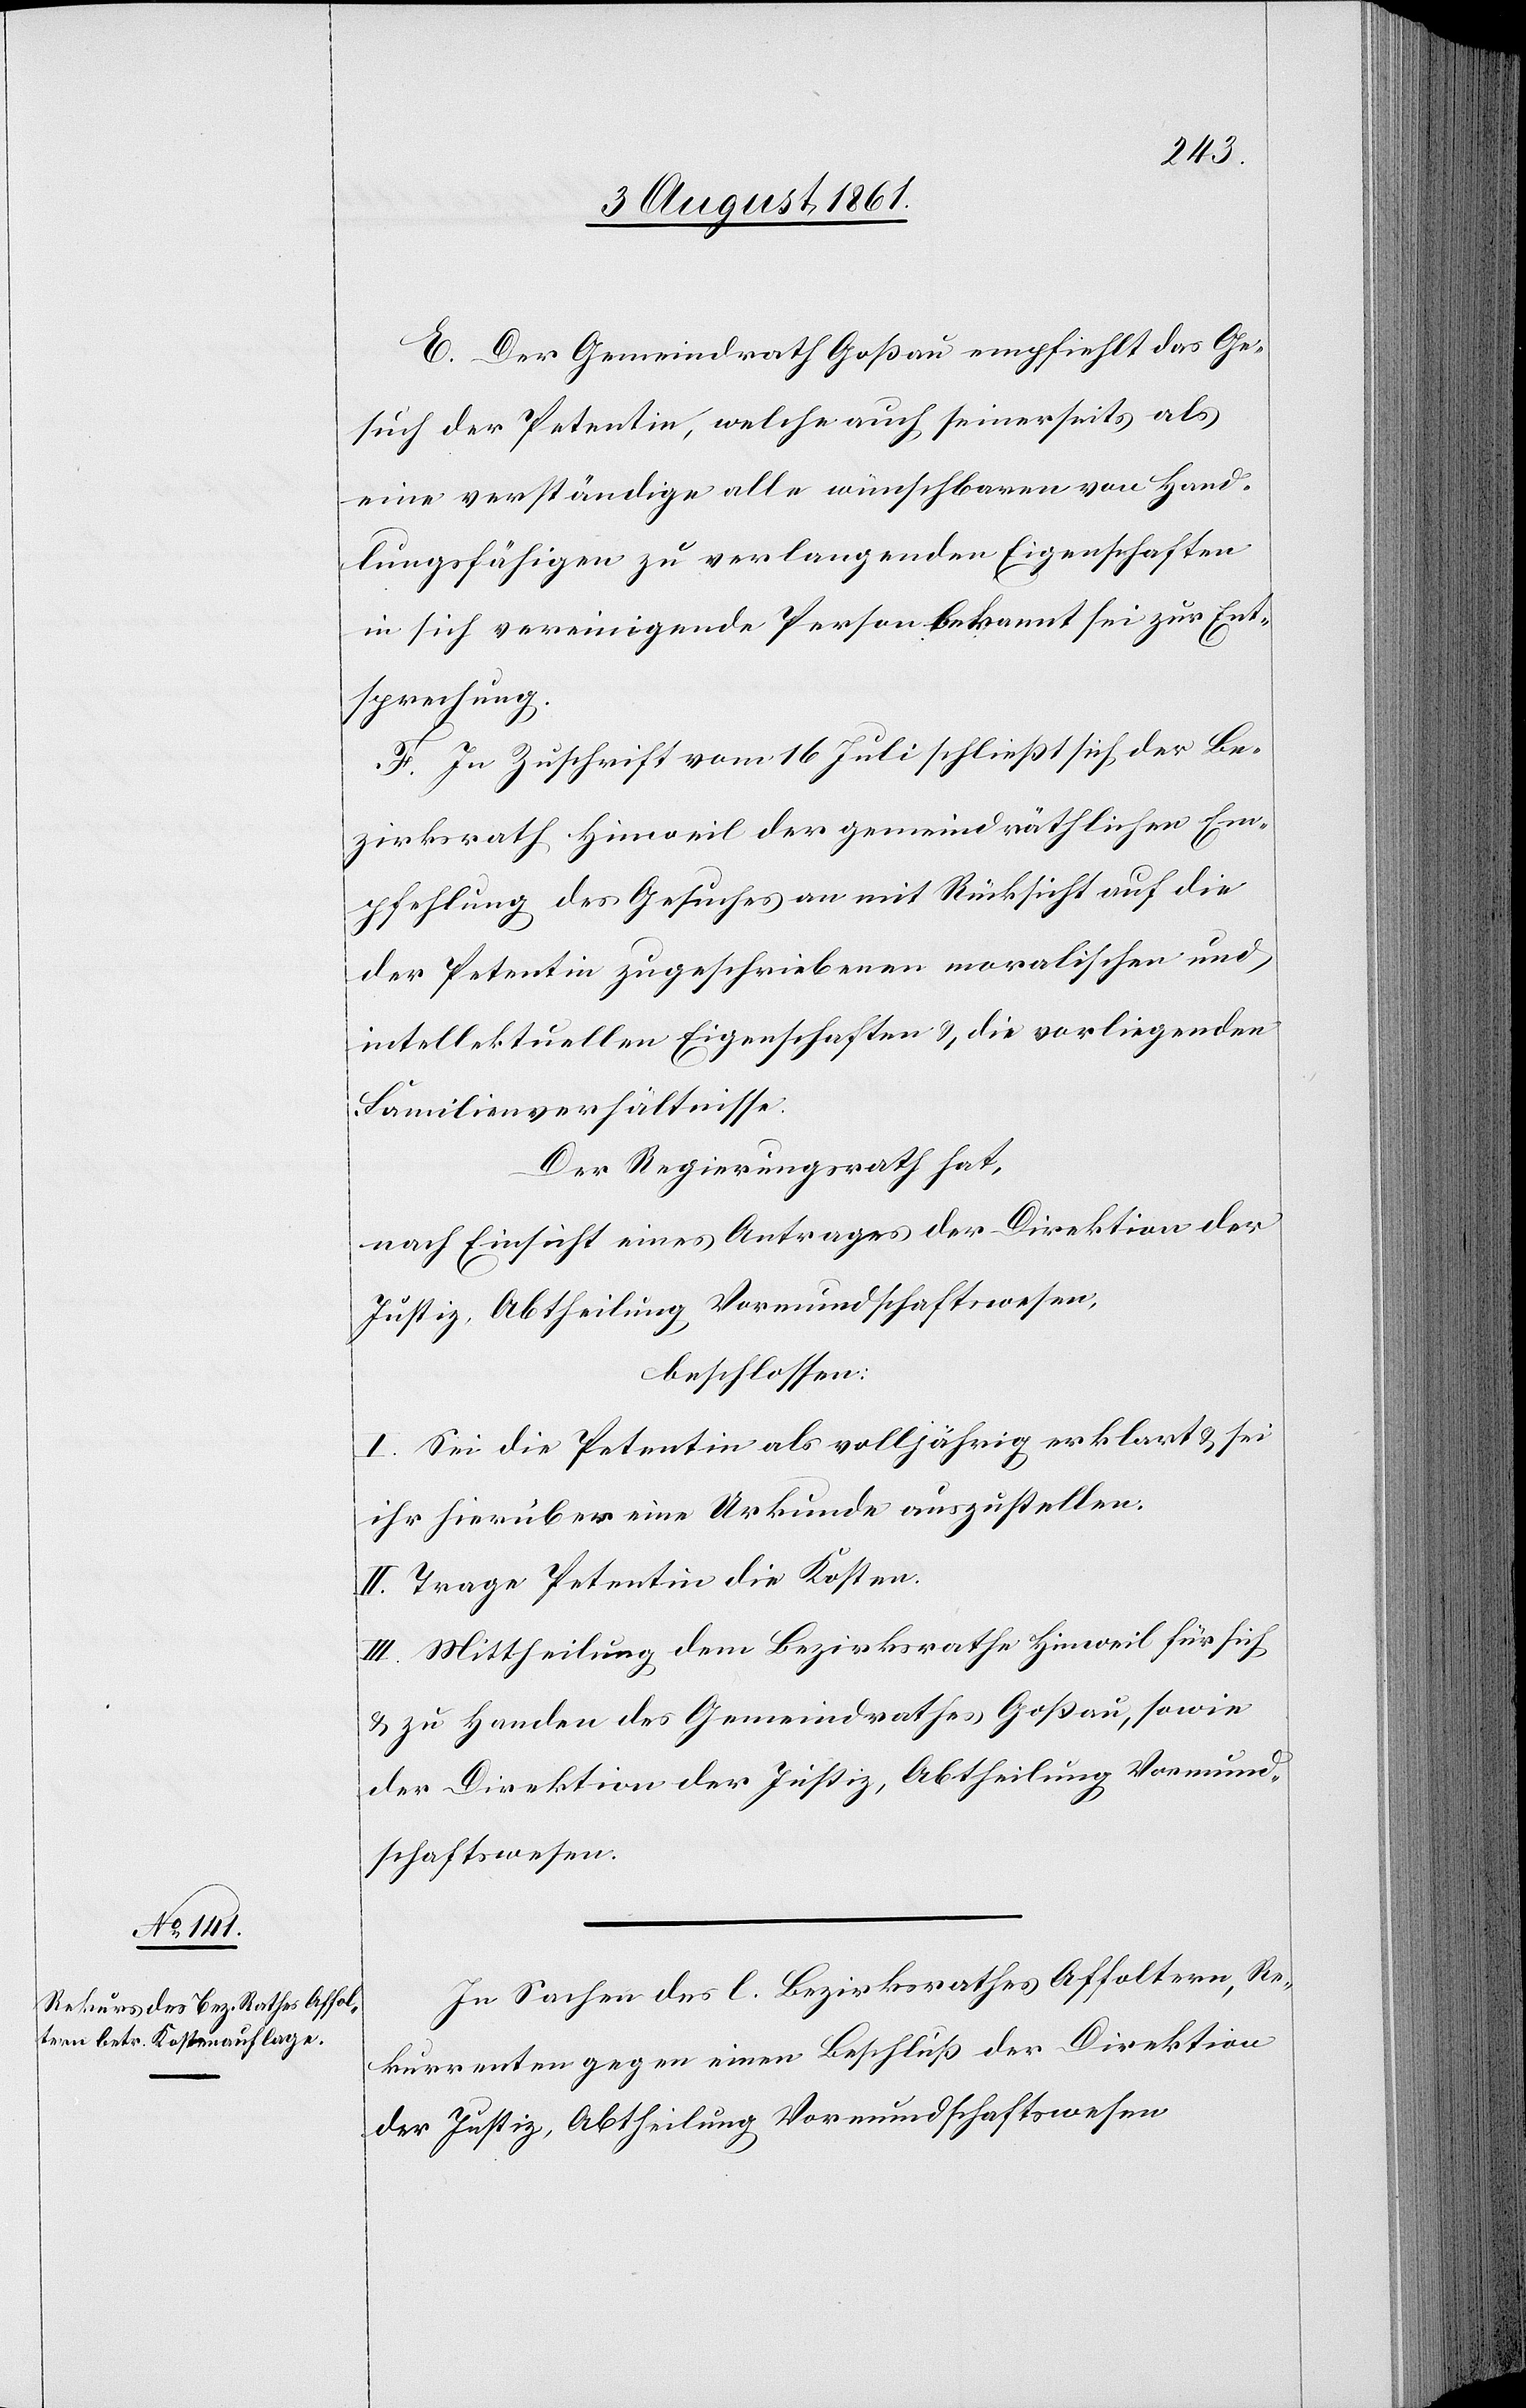
E. Der Gemeindrath Goßau empfiehlt das Ge¬
such der Petentin, welche auch seinerseits als
eine verständige alle wünschbaren von Hand¬
lungsfähigen zu verlangenden Eigenschaften
in sich vereinigende Person bekannt sei zur Ent¬
sprechung.
F. In Zuschrift vom 16 Juli schließt sich der Be¬
zirksrath Hinweil der gemeindräthlichen Em¬
pfehlung des Gesuches an mit Rücksicht auf die
der Petentin zugeschriebenen moralischen und
intellektuellen Eigenschaften u. die vorliegenden
Familienverhältnisse.
Der Regierungsrath hat,
nach Einsicht eines Antrages der Direktion der
Justiz, Abtheilung Vormundschaften,
beschlossen:
I. Sei die Petentin als volljährig erklart [sic!]
ihr hierüber eine Urkunde auszustellen.
II. Trage Petentin die Kosten.
III. Mittheilung dem Bezirksrathe Hinweil für sich
u. zu Handen des Gemeindrathes Goßau, sowie
der Direktion der Justiz, Abtheilung Vormund¬
schaftswesen.
In Sachen des l. Bezirksrathes Affoltern, Re¬
kurrenten gegen einen Beschluß der Direktion
der Justiz, Abtheilung Vormundschaftswesen